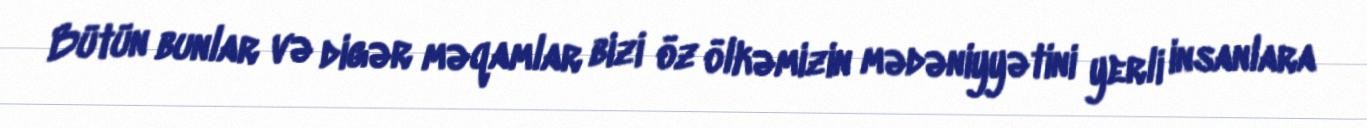
Bütün bunlar və digər məqamlar bizi öz ölkəmizin mədəniyyətini yerli insanlara